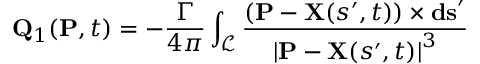
\mathbf { Q } _ { 1 } ( \mathbf { P } , t ) = - \frac { \Gamma } { 4 \pi } \int _ { \mathcal { L } } \frac { \left( \mathbf { P } - \mathbf { X } ( s ^ { \prime } , t ) \right) \times \mathbf { d s } ^ { \prime } } { \left| \mathbf { P } - \mathbf { X } ( s ^ { \prime } , t ) \right| ^ { 3 } }